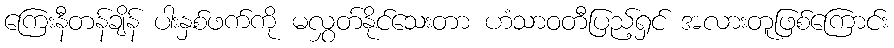
ကြေးနီတန်ချိန် ပါးနှစ်ဖက်ကို မလွှတ်နိုင်သေးတာ ဟံသာဝတီပြည့်ရှင် အလားတူဖြစ်ကြောင်း